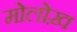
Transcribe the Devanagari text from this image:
मोलोख़